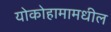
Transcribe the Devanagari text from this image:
योकोहामामधील